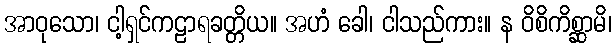
အာဝုသော၊ ငါ့ရှင်ကဠာရခတ္တိယ။ အဟံ ခေါ၊ ငါသည်ကား။ န ဝိစိကိစ္ဆာမိ၊